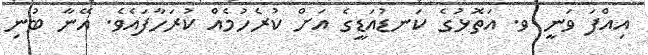
އިއްފަ ވަނީ ވ. އަތޮޅުގެ ކަނޑުއަޑީގެ އަށް ކުރެހުމެއް ކުރަހާފައެވެ. އޭނާ ބުނި